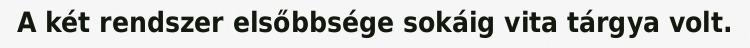
A két rendszer elsőbbsége sokáig vita tárgya volt.